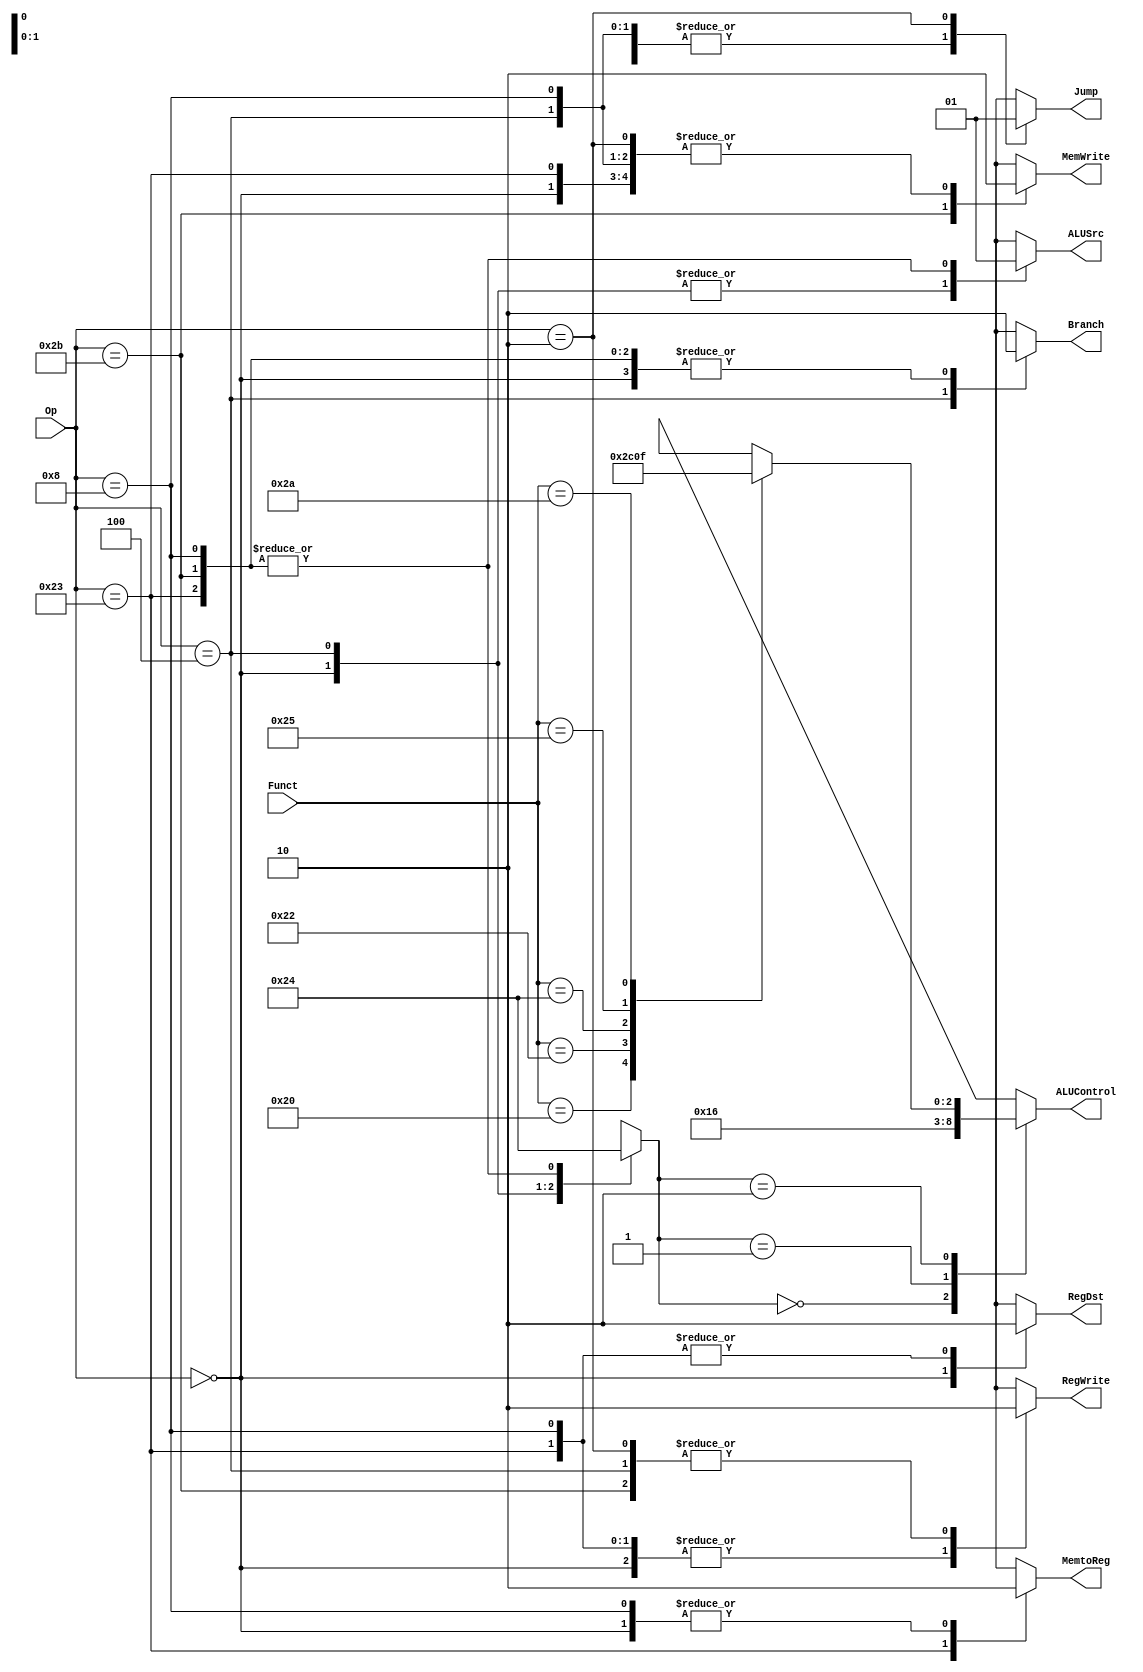

`timescale 1ns/1ns

module ctrlUnit(Op, Funct, MemtoReg, MemWrite, Branch, ALUSrc, RegDst, RegWrite, Jump, ALUControl);
  input [5:0] Op, Funct;
  output reg MemtoReg, MemWrite, Branch, ALUSrc, RegDst, RegWrite, Jump;
  output reg [2:0] ALUControl;
  reg [1:0] ALUOp;
  always @ * begin
    case (Op)
    6'd0:  begin // R-type
      RegWrite <= 1'b1;
      RegDst <= 1'b1;
      ALUSrc <= 1'b0;
      Branch <= 1'b0;
      MemWrite <= 1'b0;
      MemtoReg <= 1'b0;
      ALUOp <= 2'b10;
      Jump <= 1'b0;
    end 
    6'b100011: begin // lw
      RegWrite <= 1'b1;
      RegDst <= 1'b0;
      ALUSrc <= 1'b1;
      Branch <= 1'b0;
      MemWrite <= 1'b0;
      MemtoReg <= 1'b1;
      ALUOp <= 2'b00;
      Jump <= 1'b0;
    end
    6'b101011: begin // sw
      RegWrite <= 1'b0;
      RegDst <= 1'bx;
      ALUSrc <= 1'b1;
      Branch <= 1'b0;
      MemWrite <= 1'b1;
      MemtoReg <= 1'bx;
      ALUOp <= 2'b00;
      Jump <= 1'b0;
    end
    6'b000100: begin // beq
      RegWrite <= 1'b0;
      RegDst <= 1'bx;
      ALUSrc <= 1'b0;
      Branch <= 1'b1;
      MemWrite <= 1'b0;
      MemtoReg <= 1'bx;
      ALUOp <= 2'b01;
      Jump <= 1'b0;
    end
      6'b001000: begin // addi
      RegWrite <= 1'b1;
      RegDst <= 1'b0;
      ALUSrc <= 1'b1;
      Branch <= 1'b0;
      MemWrite <= 1'b0;
      MemtoReg <= 1'b0;
      ALUOp <= 2'b00;
      Jump <= 1'b0;
    end
       6'b000010: begin // j
      RegWrite <= 1'b0;
      RegDst <= 1'bx;
      ALUSrc <= 1'bx;
      Branch <= 1'bx;
      MemWrite <= 1'b0;
      MemtoReg <= 1'bx;
      ALUOp <= 2'bxx;
      Jump <= 1'b1;
    end
    default: begin
      RegWrite <= 1'bx;
      RegDst <= 1'bx;
      ALUSrc <= 1'bx;
      Branch <= 1'bx;
      MemWrite <= 1'bx;
      MemtoReg <= 1'bx;
      ALUOp <= 2'bx;
      Jump <= 1'bx;
    end
  endcase
  end
  always@* begin
    case (ALUOp)
      2'b00: ALUControl <= 3'b010; // add
      2'b01: ALUControl <= 3'b110; // subtract
      2'b10: begin
        case(Funct)
        6'b100000: ALUControl <= 3'b010; // add
        6'b100010: ALUControl <= 3'b110; // subtract
        6'b100100: ALUControl <= 3'b000; // and
        6'b100101: ALUControl <= 3'b001; // or
        6'b101010: ALUControl <= 3'b111; // set less than
          default: ALUControl <= 3'bxxx;
        endcase
      end
      default: ALUControl <= 3'bxxx;
    endcase
  end
endmodule